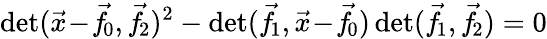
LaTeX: \operatorname*{det}({\vec{x}}\! -\! {\vec{f}}\! _{0},{\vec{f}}\! _{2})^{2}-\operatorname*{det}({\vec{f}}\! _{1},{\vec{x}}\! -\! {\vec{f}}\! _{0})\operatorname*{det}({\vec{f}}\! _{1},{\vec{f}}\! _{2})=0